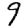
Digit: 9